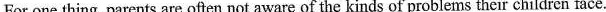
For one thing, parents are often not aware of thekinds of problems their children face.